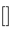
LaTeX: \begin{array}{r}{{\scriptsize\left[\begin{array}{lllllllllll}\end{array}\right]}}\end{array}